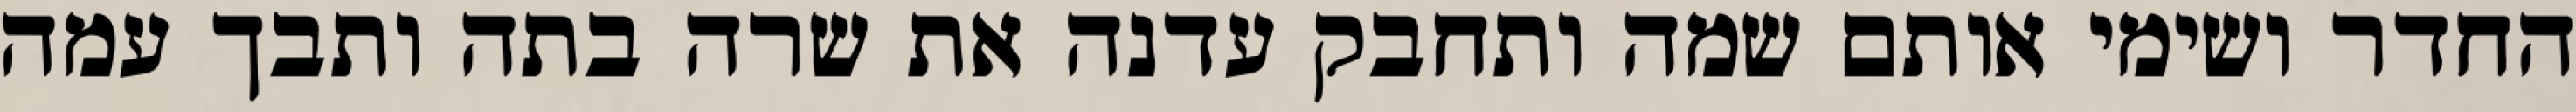
החדר ושימי אותם שמה ותחבק עדנה את שרה בתה ותבך עמה